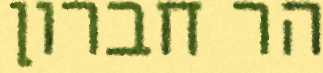
הר חברון